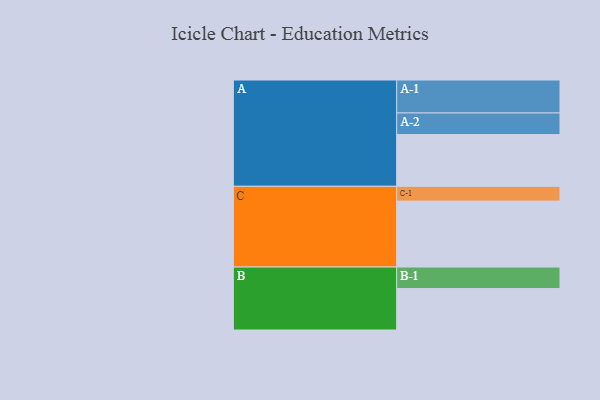
{"axis": {"x": "Segment", "y": "Value"}, "legend": ["", "A", "B", "C"], "data": [{"x": "A", "y": 433, "type": ""}, {"x": "B", "y": 347, "type": ""}, {"x": "C", "y": 552, "type": ""}, {"x": "A-1", "y": 276, "type": "A"}, {"x": "A-2", "y": 181, "type": "A"}, {"x": "B-1", "y": 180, "type": "B"}, {"x": "C-1", "y": 124, "type": "C"}]}